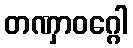
တဏှာဝဂ္ဂေါ